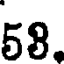
58.